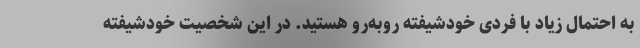
به احتمال زیاد با فردی خودشیفته روبه‌رو هستید. در این شخصیت خودشیفته